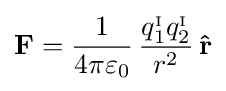
\mathbf {F} ={\frac {1}{4\pi \varepsilon _{0}}}\,{\frac {q_{1}^{_{\mathrm {I} }}q_{2}^{_{\mathrm {I} }}}{r^{2}}}\,\mathbf {\hat {r}}